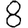
Digit: 8